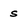
Character: s